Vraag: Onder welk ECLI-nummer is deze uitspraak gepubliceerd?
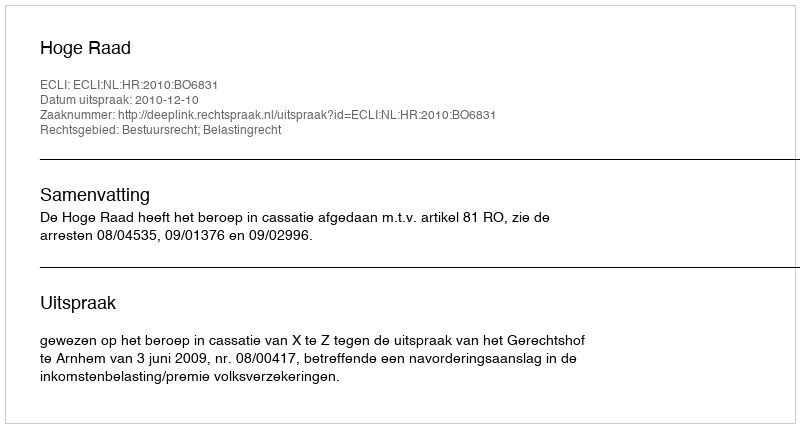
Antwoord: ECLI:NL:HR:2010:BO6831